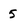
Character: 5